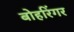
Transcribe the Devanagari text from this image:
बोहरिंगर